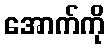
အောက်ကို